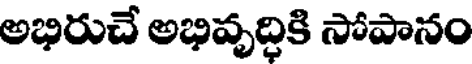
అభిరుచే అభివృద్ధికి సోపానం